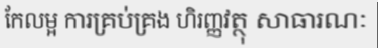
កែលម្អ ការគ្រប់គ្រង ហិរញ្ញវត្ថុ សាធារណៈ